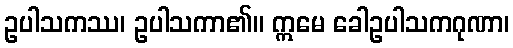
ဥပါသကဿ၊ ဥပါသကာ၏။ ဣမေ ခေါဥပါသကဂုဏာ၊